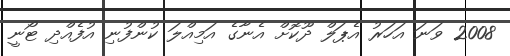
2008 ވަނަ އަހަރު އެޕަލް ދޫކޮށް އެނާގެ އަމިއްލަ ކުންފުނި އުފެއްދި ޓޯނީ